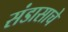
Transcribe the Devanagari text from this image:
संडासाचे